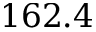
1 6 2 . 4